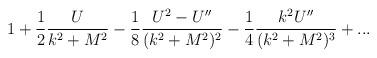
LaTeX: \begin{align*}1 +{1\over 2} {U\over {k^2+M^2}}-{1\over 8} {U^2-U''\over (k^2+M^2)^2} -{1\over 4} {k^2 U''\over (k^2+M^2)^3}+ ...\end{align*}